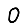
Digit: 0